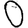
Digit: 0